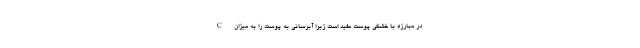
C در مبارزه با خشکی پوست مفید است زیرا آبرسانی به پوست را به میزان